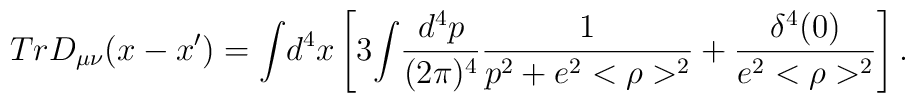
TrD_{\mu\nu}(x-x')={\int}d^{4}x\left[3{\int}\frac{d^{4}p}{(2\pi)^{4}}\frac{1}{p^{2}+e^{2}<\rho>^{2}}+\frac{\delta^{4}(0)}{e^{2}<\rho>^{2}}\right].